Report on plague in the Punjab from October 1st ... to September 30th ..., being the ... season of plague in the province
Disease focus: Plague
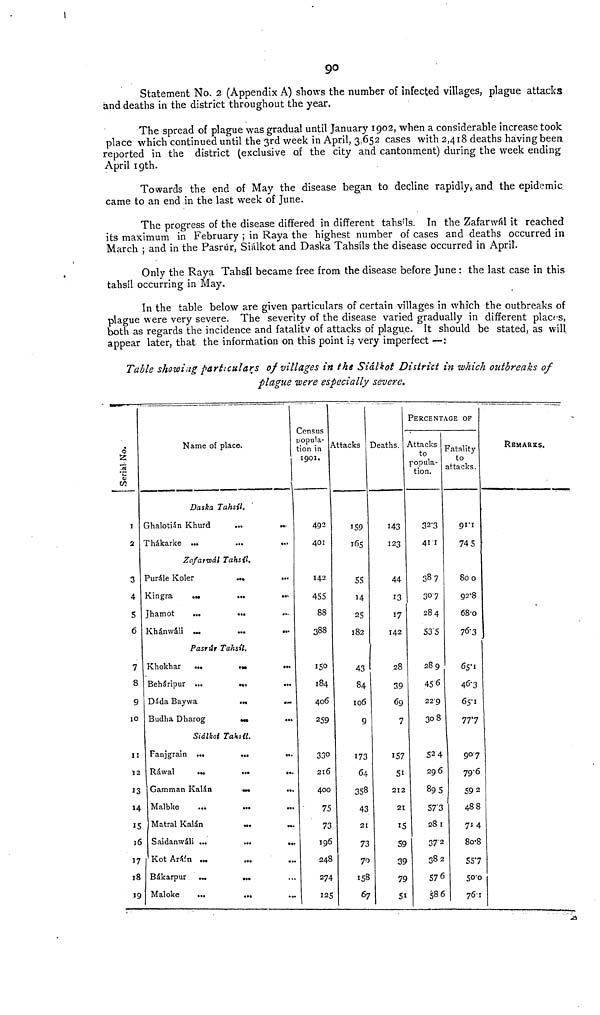
90
Statement No. 2 (Appendix A) shows the number of infected villages, plague attacks
and deaths in the district throughout the year.
The spread of plague was gradual until January 1902, when a considerable increase took
place which continued until the 3rd week in April, 3,652 cases with 2,418 deaths having been
reported in the district (exclusive of the city and cantonment) during the week ending
April 19th.
Towards the end of May the disease began to decline rapidly, and the epidemic
came to an end in the last week of June.
The progress of the disease differed in different tahsíls. In the Zafarwál it reached
its maximum in February ; in Raya the highest number of cases and deaths occurred in
March ; and in the Pasrúr, Siálkot and Daska Tahsíls the disease occurred in April.
Only the Raya Tahsíl became free from the disease before June : the last case in this
tahsíl occurring in May.
In the table below are given particulars of certain villages in which the outbreaks of
plague were very severe. The severity of the disease varied gradually in different places,
both as regards the incidence and fatality of attacks of plague. It should be stated, as will
appear later, that the information on this point is very imperfect —:
Table showing particulars of villages in the Siálkot District in which outbreaks of
plague were especially severe.
Serial No.
1
2
3
4
5
6
7
8
10
I
12
I
14
I
1
17
18
19
Name of place.
Daska Tahsíl.
Ghalotián Khurd
...
...
Thákarke ... ... ...
Zafatwál Tahsil.
Purále Koler
...
•••
Kingra
...
...
...
Jhamot
...
•••
...
Khánwáli ...
...
•••
Pasrúr Tahsíl.
Khokhar
...
...
...
Beháripur ...
...
Dáda Baywa
...
...
Budha Dharog
...
...
Siálkot Taksíl.
Fanjgrain ...
...
Ráwal
...
...
...
Gamman Kalán
...
.
..
Malbke
Matral Kalán
Saidanwáli ...
...
..
Kot Aráín ... ... ...
Bákarpur
...
...
Maloke
...
...
Census
popula-
tion in
1901.
492
401
142
455
88
388
150
184
406
259
330
216
400
75
73
196
248
274
125
Attacks
159
165
55
14
25
182
43
84
106
9
173
64
358
43
21
73
70
158
67
Deaths.
143
123
44
13
17
142
28
39
69
7
157
51
212
21
15
59
39
79
51
PERCENTAGE OF
Attacks
to
popula-
tion.
32'3
41 1
38 7
30'7
284
53 '5
289
45 6
229
308
52 4
296
89 5
57'3
281
37'2
382
57 6
58 6
Fatality
to
attacks.
91'1
74 5
800
92'8
68'0
76'3
65'1
46'3
65'1
77'7
907
79'6
59 2
488
7*4
80'8
55'7
50'0
76'1
REMARKS.